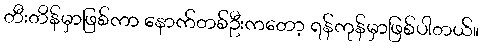
တီးတိန်မှာဖြစ်ကာ နောက်တစ်ဦးကတော့ ရန်ကုန်မှာဖြစ်ပါတယ်။